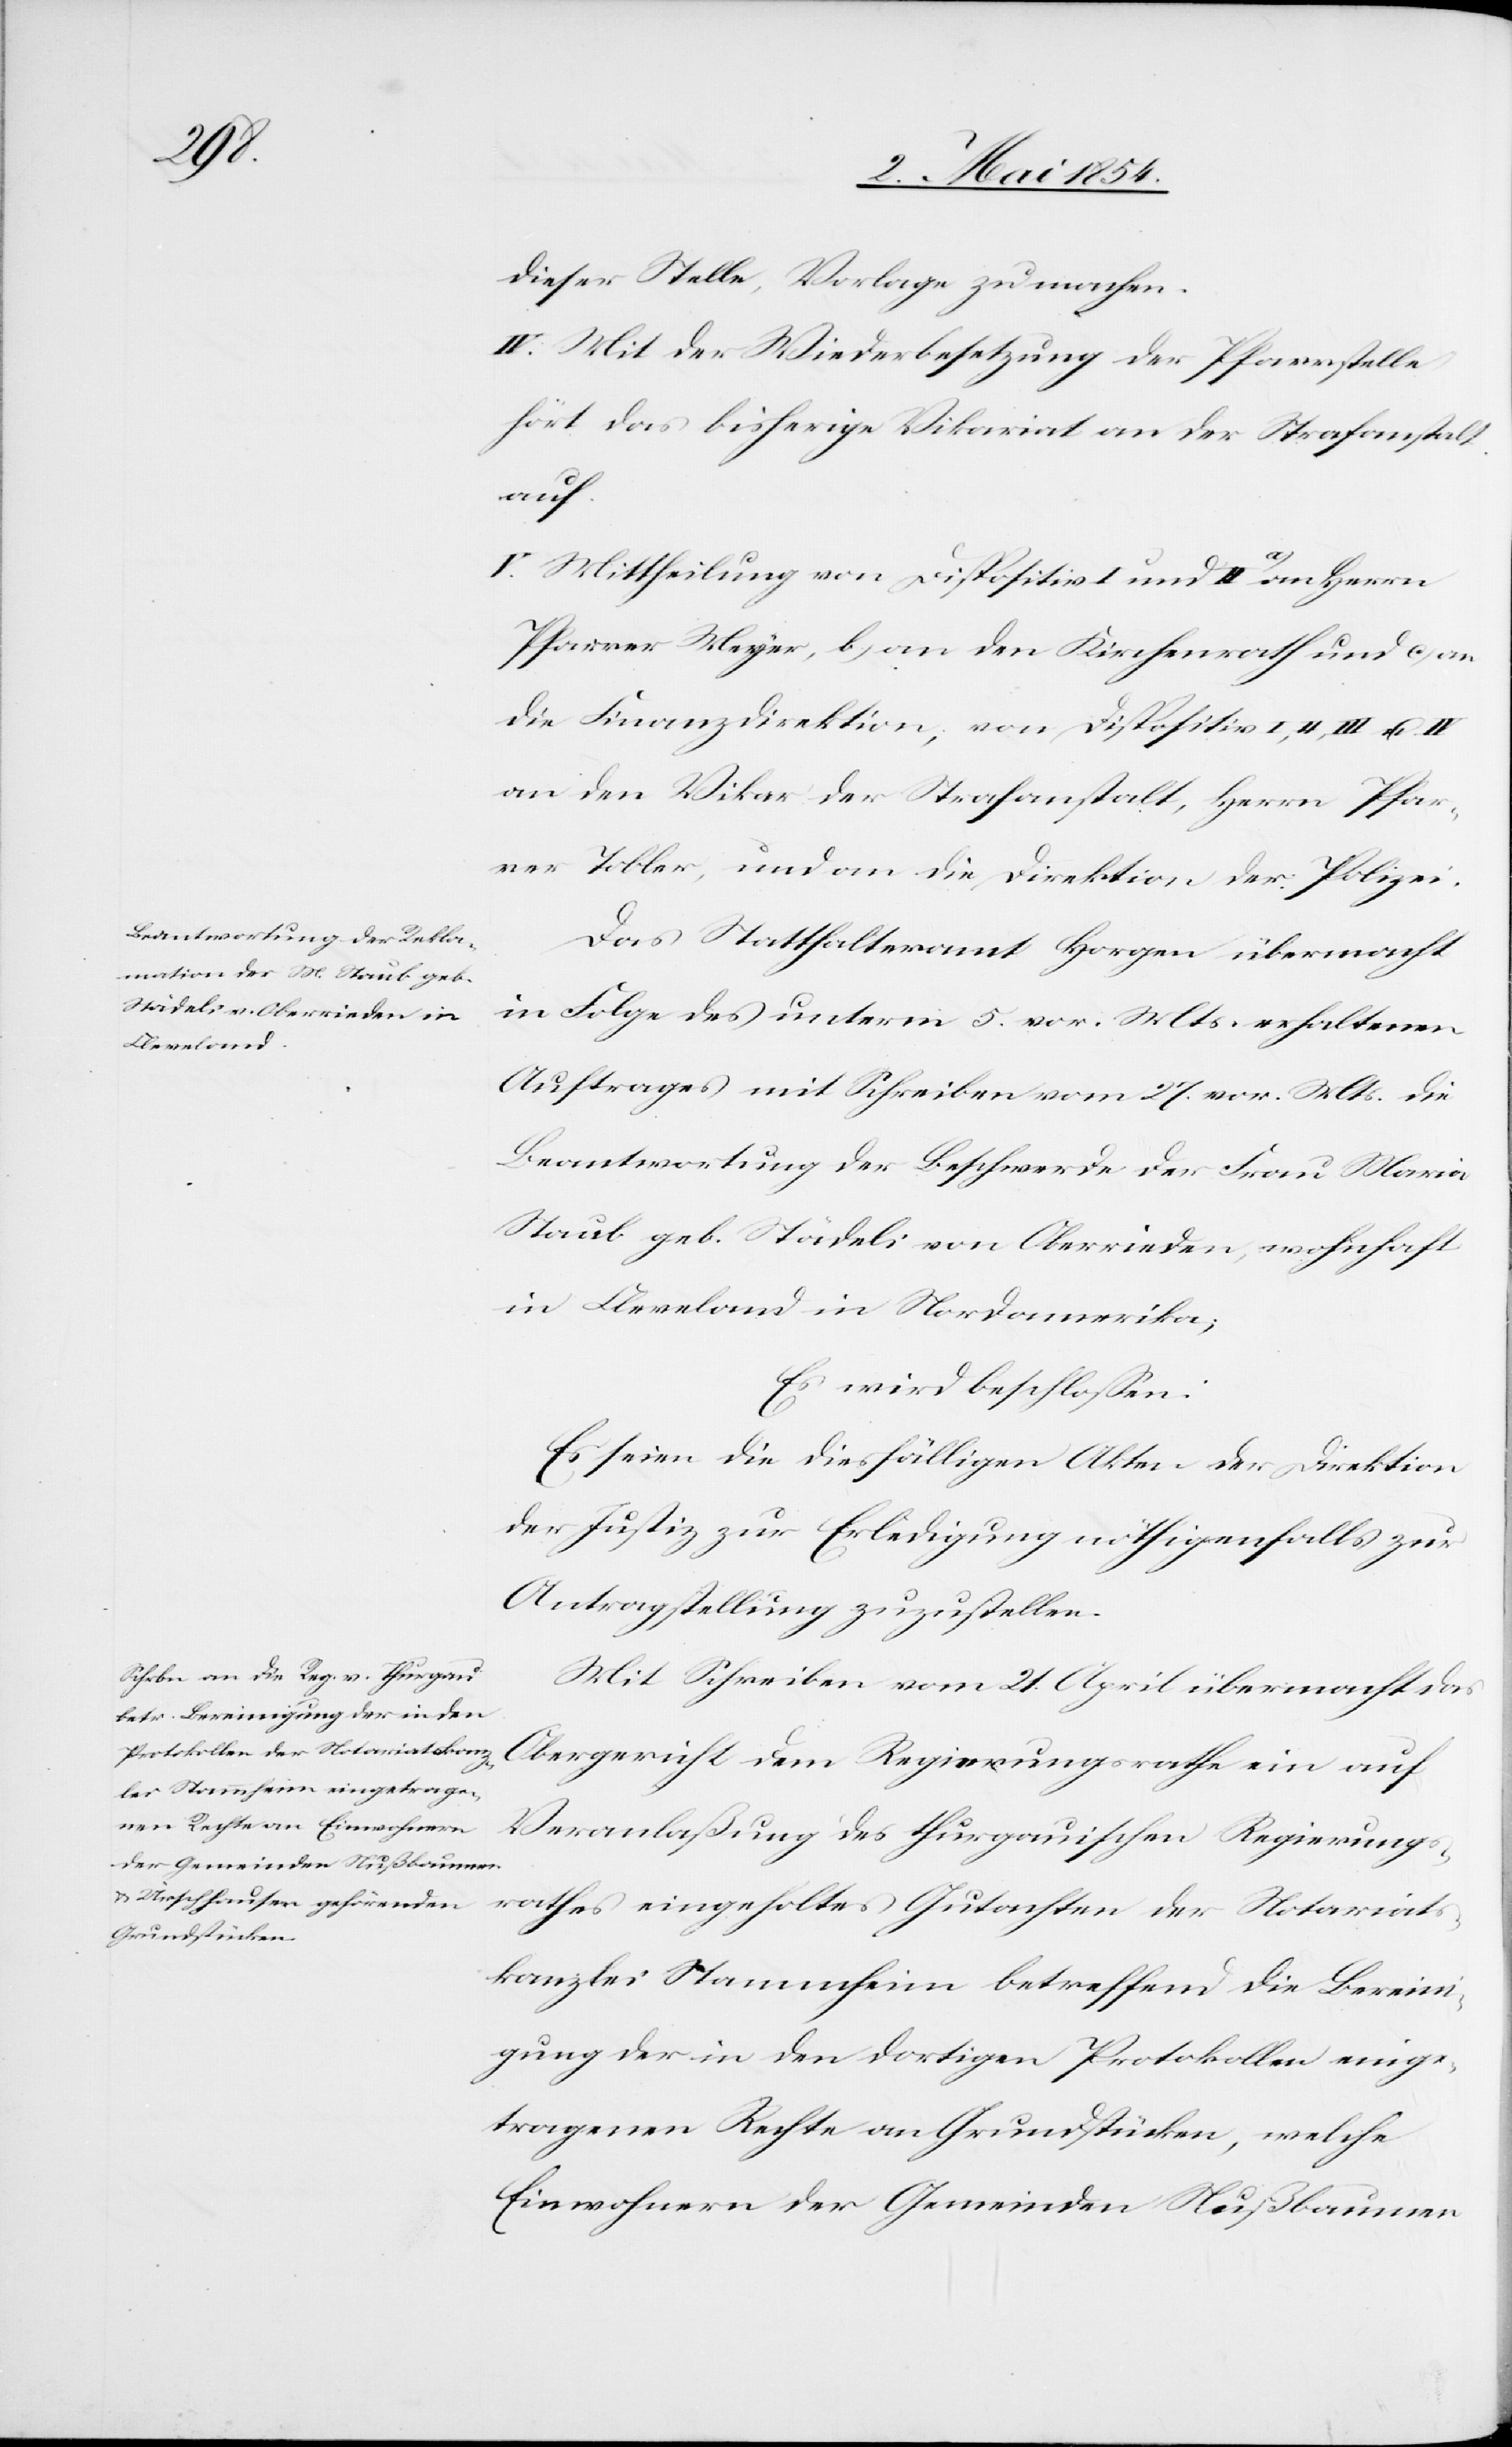
dieser Stelle, Vorlage zu machen.
IV. Mit der Wiederbesetzung der Pfarrstelle
hört das bisherige Vikariat an der Strafanstalt
auf.
V. Mittheilung von Dispositiv I und II a-a)-a an Herrn
Pfarrer Meyer, b) an den Kirchenrath und c) an
die Finanzdirektion, von Dispositiv I,
an den Vikar der Strafanstalt, Herrn Pfar¬
rer Tobler, und an die Direktion der Polizei.
Das Statthalteramt Horgen übermacht
in Folge des unterm 5. vor. Mts. erhaltenen
Auftrages mit Schreiben vom 27. vor. Mts. die
Beantwortung der Beschwerde der Frau Maria
Staub geb. Städeli von Oberrieden, wohnhaft
in Cleveland in Nordamerika;
Es wird beschloßen:
Es seien die diesfälligen Akten der Direktion
der Justiz zur Erledigung nöthigenfalls zur
Antragstellung zuzustellen.
Mit Schreiben vom 21. April übermacht das
Obergericht dem Regierungsrathe ein auf
Veranlaßung des thurgauischen Regierungs¬
rathes eingeholtes Gutachten der Notariats¬
kanzlei Stammheim betreffend die Bereini¬
gung der in den dortigen Protokollen einge¬
tragenen Rechte an Grundstücken, welche
Einwohnern der Gemeinde Nußbaumen